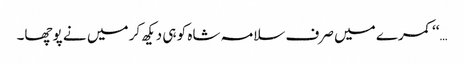
…‘‘ کمرے میں صرف سلامہ شاہ کو ہی دیکھ کر میں نے پوچھا۔